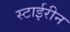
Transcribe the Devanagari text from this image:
स्टाईरीन